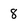
Character: 8